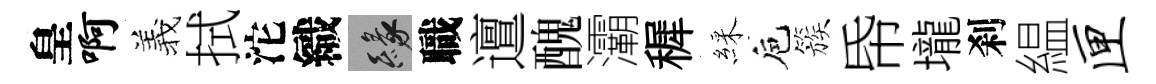
皇啊羲拭沱織緣職邅醜灞穉綵巵簇帋壠刹緼匣